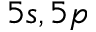
5 s , 5 p